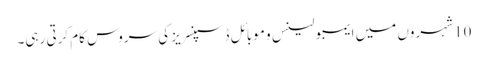
10 شہروں میں ایمبولینس و موبائل ڈسپنسریز کی سروس کام کرتی رہی۔